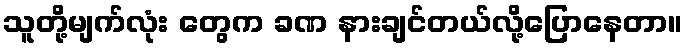
သူတို့မျက်လုံး တွေက ခဏ နားချင်တယ်လို့ပြောနေတာ။